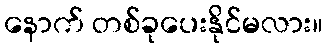
နောက် တစ်ခုပေးနိုင်မလား။